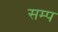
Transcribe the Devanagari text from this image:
सम्प